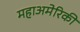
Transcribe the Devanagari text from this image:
महाअमेरिकी